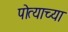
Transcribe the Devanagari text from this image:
पोत्याच्या